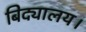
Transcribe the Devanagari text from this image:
बिद्यालय।